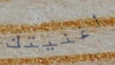
أغنيتك